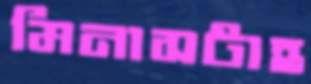
মিনাসটাহ